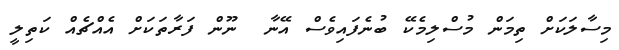
މިސާލަކަށް ތިމަން މުސްލިމެކޭ ބުނެފައިވެސް އޭނާ  ނޫން ފަރާތަކަށް އެއްޗެއް ކަތިލީ